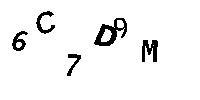
6C7D9M